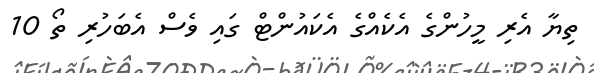
ތިޔާ އެރި މީހުންގެ އެކެއްގެ އެކައުންޓް ގައި ވެސް އެބަހުރި ތޯ 10